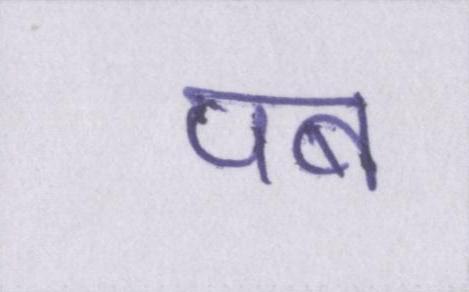
पब